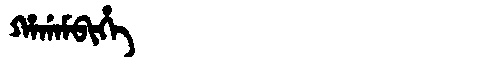
Manchu: ᡥᠠᡤᠠᠮᠪᡳᡥᡝ
Romanization: HAGAMBIHE